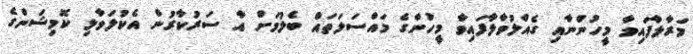
މަރާލާފައިވާ މީހުންނާއި ގެއްލުވާލާފައިވާ މީހުންގެ މައްސަލަތައް ބެލުމަށް އާ ސަރުކާރުން އެކުލަވާލި ކޮމިޝަންގެ